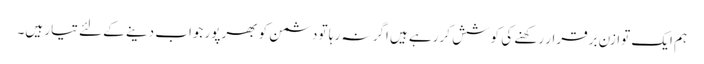
ہم ایک توازن برقرار رکھنے کی کوشش کررہے ہیں اگر نہ رہا تو دشمن کو بھرپور جواب دینے کے لئے تیار ہیں۔